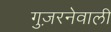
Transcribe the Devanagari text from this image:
गुज़रनेवाली